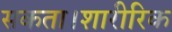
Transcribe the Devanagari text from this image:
सकता।शारीरिक